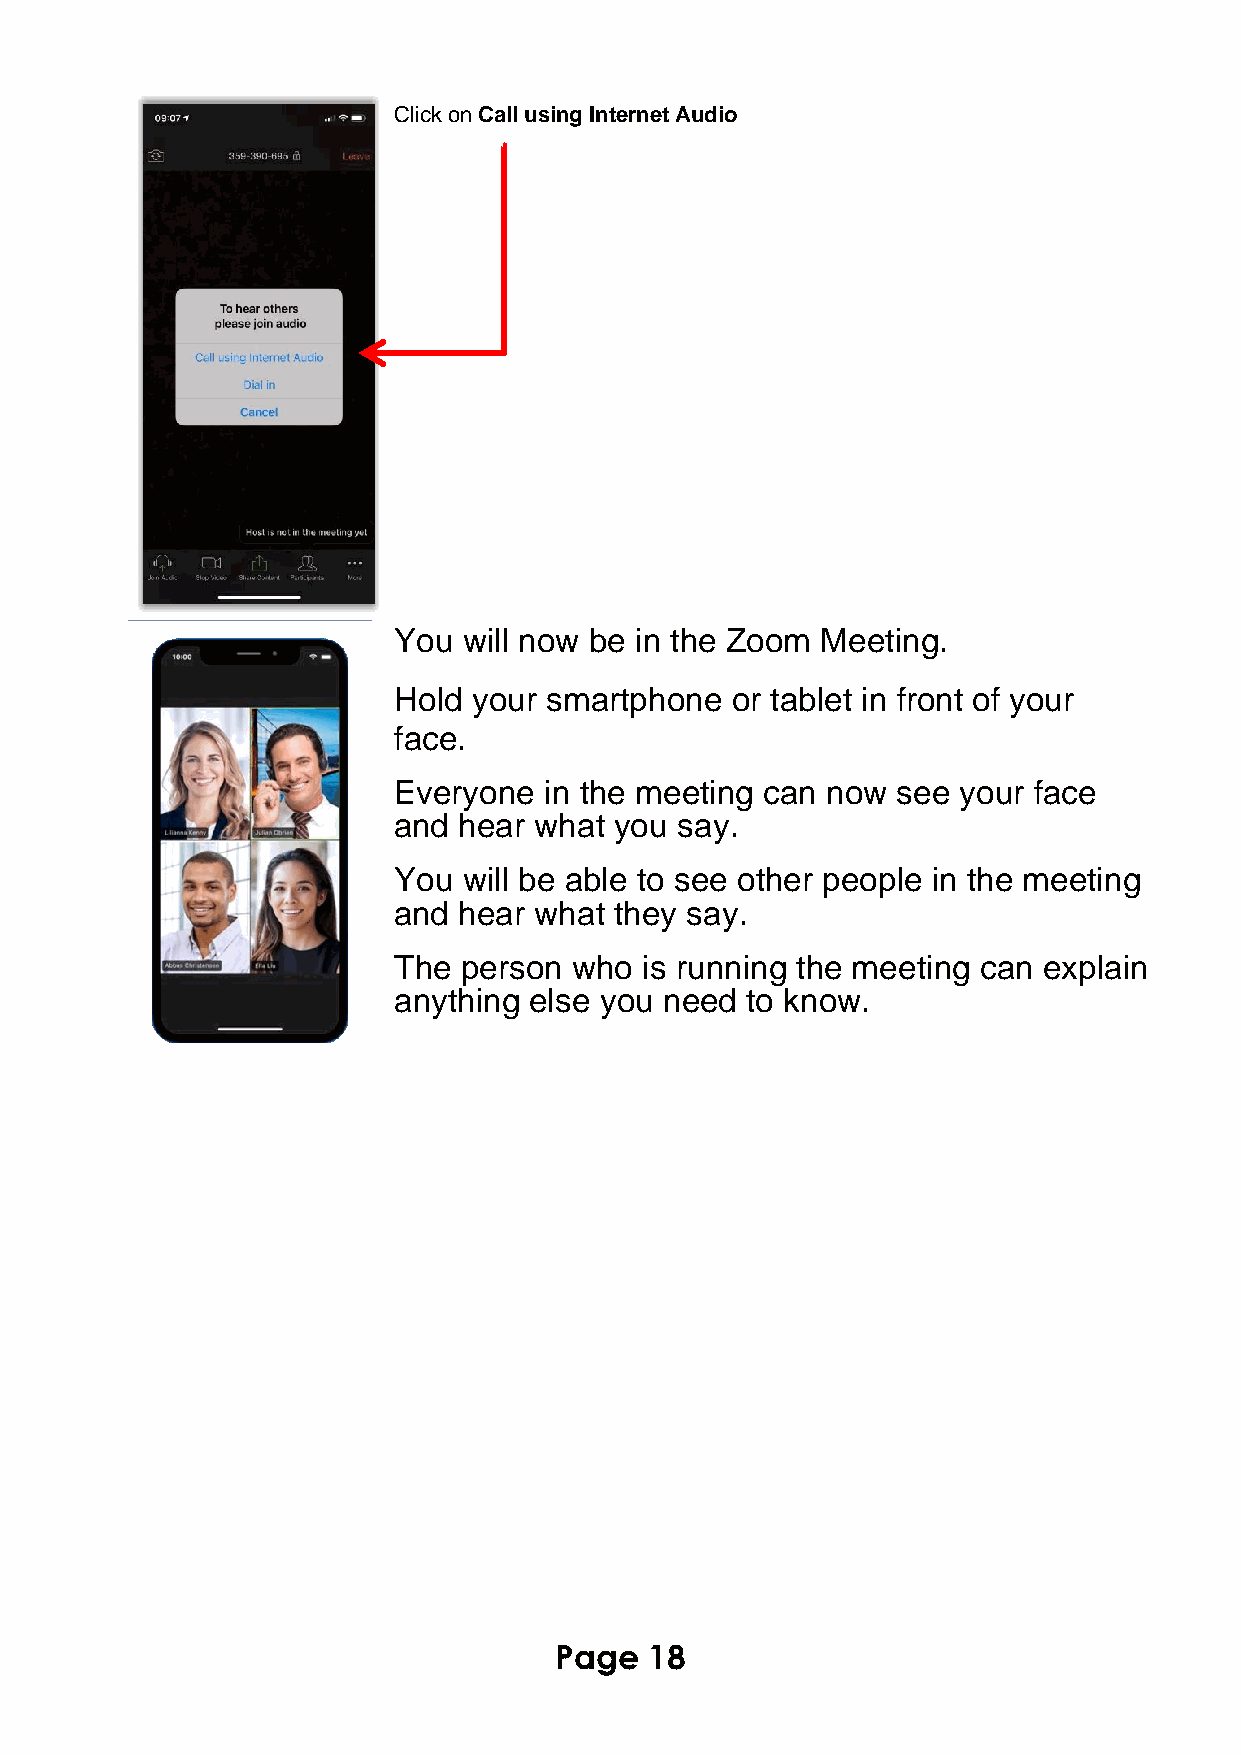
Click on Call using Internet Audio
 You  will now be in the Zoom Meeting.
 Hold your smartphone  or tablet in front of your
 face.
 Everyone  in the meeting can now see your face
 and hear what  you say.
 You  will be able to see other people in the meeting
 and hear what  they say.
 The person  who  is running the meeting can explain
 anything else you need to know.
 Page  18